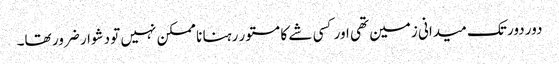
دور دور تک میدانی زمین تھی اور کسی شے کا مستور رہنا نا ممکن نہیں تو دشوار ضرور تھا۔